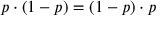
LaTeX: p \cdot ( 1 - p ) = ( 1 - p ) \cdot p